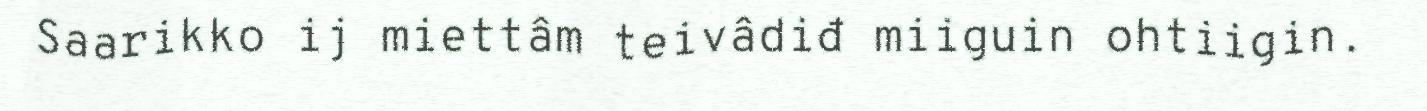
Saarikko ij miettâm teivâdiđ miiguin ohtiigin.